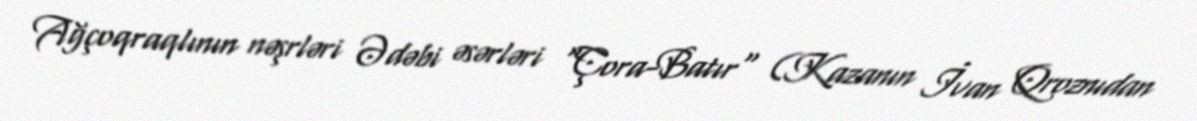
Ağçoqraqlının nəşrləri Ədəbi əsərləri "Çora-Batır" (Kazanın İvan Qroznıdan